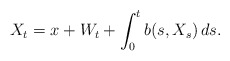
\begin{align*}X_{t} = x + W_{t} + \int_{0}^{t}b(s, X_s)\,ds.\end{align*}